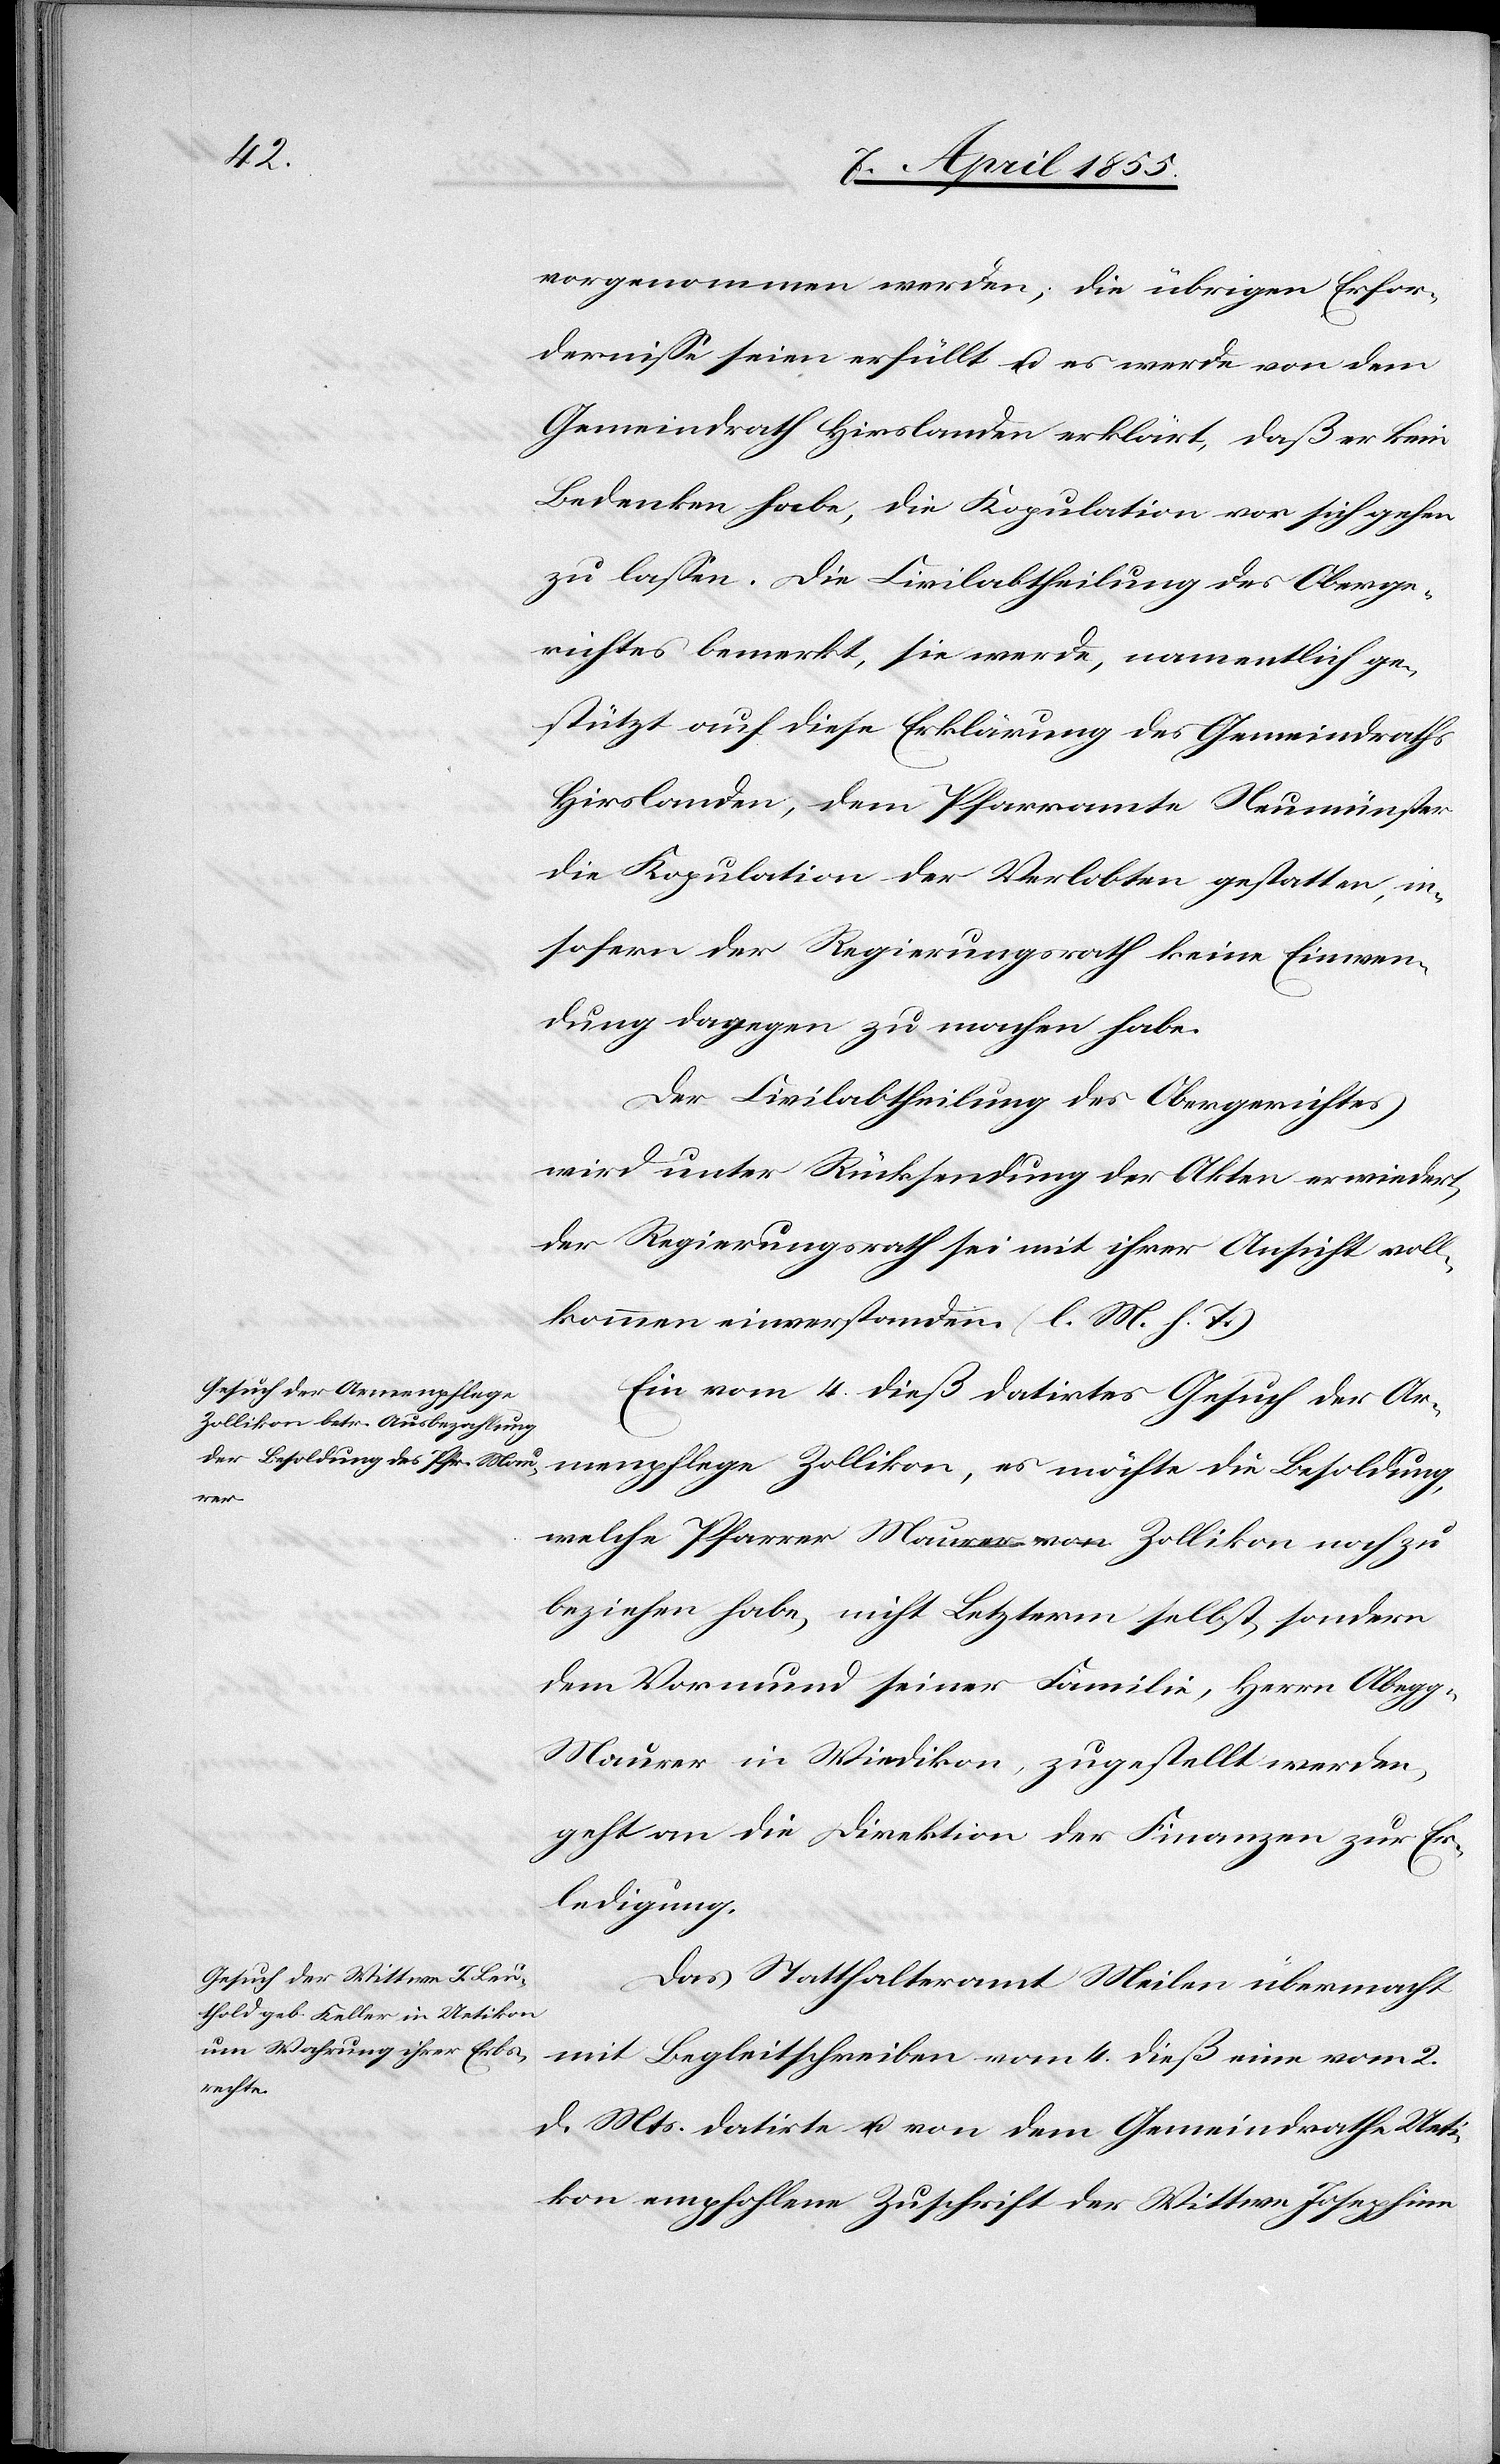
vorgenommen werden; die übrigen Erfor¬
dernisse seien erfüllt u. es werde von dem
Gemeindrath Hirslanden erklärt, daß er kein
Bedenken habe, die Kopulation vor sich gehen
zu lassen. Die Civilabtheilung des Oberge¬
richtes bemerkt, sie werde, namentlich ge¬
stützt auf diese Erklärung des Gemeindraths
Hirslanden, dem Pfarramte Neumünster
die Kopulation der Verlobten gestatten, in¬
sofern der Regierungsrath keine Einwen¬
dung dagegen zu machen habe.
Der Civilabtheilung des Obergerichtes
wird unter Rücksendung der Akten erwiedert,
der Regierungsrath sei mit ihrer Ansicht voll¬
kommen einverstanden. (l. M. h. T.)
Ein vom 4. dieß datirtes Gesuch der Ar¬
welche Pfarrer Maurer von Zollikon noch zu
beziehen habe, nicht Letzterm selbst, sondern
dem Vormund seiner Familie, Herrn Abegg-M¬
aurer in Wiedikon, zugestellt werden,
geht an die Direktion der Finanzen zur Er¬
ledigung.
Das Statthalteramt Meilen übermacht
mit Begleitschreiben vom 4. dieß eine vom 2.
möchte
d. Mts. datirte u. von dem Gemeindrathe Ueti¬
kon empfohlene Zuschrift der Wittwe Josephine